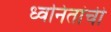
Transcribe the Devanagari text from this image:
ध्वनितांची